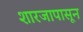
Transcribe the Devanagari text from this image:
शारजापासून